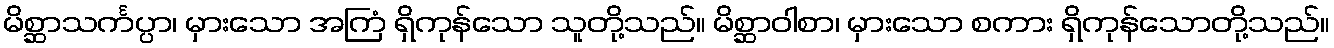
မိစ္ဆာသင်္ကပ္ပာ၊ မှားသော အကြံ ရှိကုန်သော သူတို့သည်။ မိစ္ဆာဝါစာ၊ မှားသော စကား ရှိကုန်သောတို့သည်။